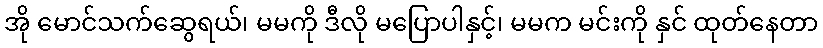
အို မောင်သက်ဆွေရယ်၊ မမကို ဒီလို မပြောပါနှင့်၊ မမက မင်းကို နှင် ထုတ်နေတာ